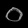
Digit: ၀